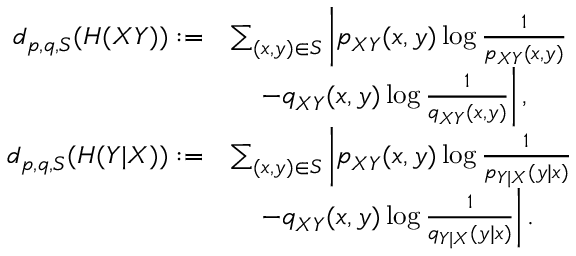
\begin{array} { r l } { d _ { p , q , { \cal S } } ( H ( X Y ) ) : = } & { \sum _ { \scriptstyle ( x , y ) \in { \cal S } } \left| p _ { X Y } ( x , y ) \log \frac { 1 } { p _ { X Y } ( x , y ) } \right. } \\ & { \quad \left. - q _ { X Y } ( x , y ) \log \frac { 1 } { q _ { X Y } ( x , y ) } \right| , } \\ { d _ { p , q , { \cal S } } ( H ( Y | X ) ) : = } & { \sum _ { \scriptstyle ( x , y ) \in { \cal S } } \left| p _ { X Y } ( x , y ) \log \frac { 1 } { p _ { Y | X } ( y | x ) } \right. } \\ & { \quad \left. - q _ { X Y } ( x , y ) \log \frac { 1 } { q _ { Y | X } ( y | x ) } \right| . } \end{array}